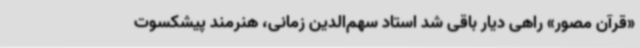
«قرآن مصور» راهی دیار باقی شد استاد سهم‌الدین زمانی، هنرمند پیشکسوت